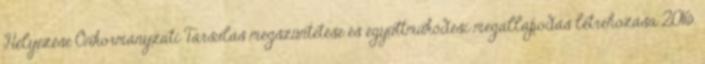
Helyezése Önkormányzati Társulás megszüntetése és együttműködési megállapodás létrehozása 2016.